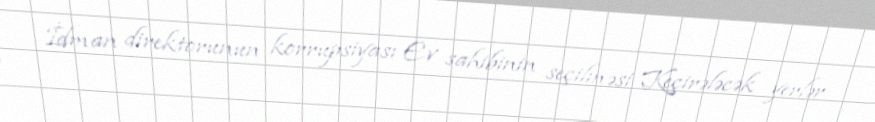
İdman direktorunun korrupsiyası Ev sahibinin seçilməsi Keçirələcək yerlər